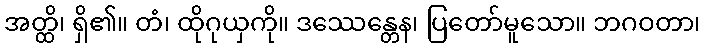
အတ္ထိ၊ ရှိ၏။ တံ၊ ထိုဂုယှကို။ ဒဿေန္တေန၊ ပြတော်မူသော။ ဘဂဝတာ၊